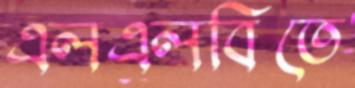
এলএলবিতে